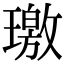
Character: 璬